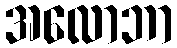
အလောဘာ